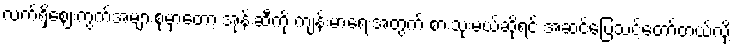
လက်ရှိဈေးကွက်အများစုမှာတော့ အုန်းဆီကို ကျန်းမာရေးအတွက် စားသုံးမယ်ဆိုရင် အဆင်ပြေသင့်တော်တယ်လို့